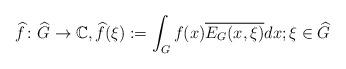
LaTeX: \begin{align*}\widehat{f}\colon\widehat{G}\to\mathbb{C},\widehat{f}(\xi) := \int_G f(x) \overline{E_G(x,\xi)} dx;\xi\in\widehat{G}\end{align*}